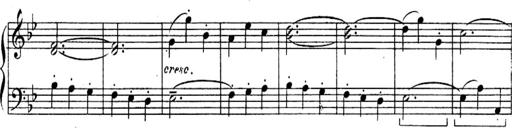
Title: Sonatines
Composer: Hedwige ChrÃ©tien